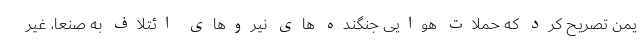
یمن تصریح کرد که حملات هوایی جنگنده های نیروهای ائتلاف به صنعا، غیر